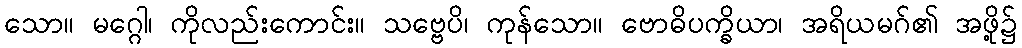
သော။ မဂ္ဂေါ၊ ကိုလည်းကောင်း။ သဗ္ဗေပိ၊ ကုန်သော။ ဗောဓိပက္ခိယာ၊ အရိယမဂ်၏ အဖို့၌